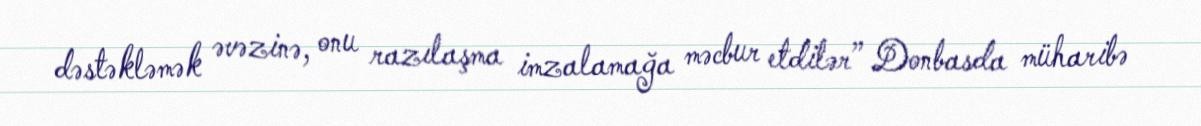
dəstəkləmək əvəzinə, onu razılaşma imzalamağa məcbur etdilər” Donbasda müharibə